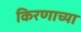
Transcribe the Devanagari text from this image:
किरणाच्या